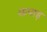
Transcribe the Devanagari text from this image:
कपाड़